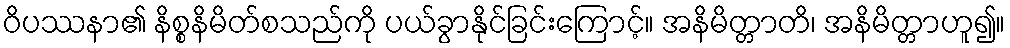
ဝိပဿနာ၏ နိစ္စနိမိတ်စသည်ကို ပယ်ခွာနိုင်ခြင်းကြောင့်။ အနိမိတ္တာတိ၊ အနိမိတ္တာဟူ၍။